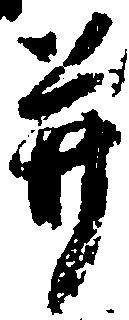
并